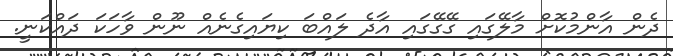
ދެން އާންމުކޮށް މާލޭގައި ގޭގޭގައި އާދެ ލައްބަ ކިޔައިގެނެއް ނޫން ވާހަކަ ދައްކަނީ.